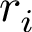
r _ { i }